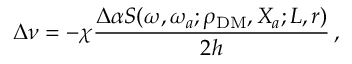
\Delta \nu = - \chi \frac { \Delta \alpha S ( \omega , \omega _ { a } ; \rho _ { \mathrm { D M } } , X _ { a } ; L , r ) } { 2 h } \, ,